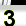
Digit: 3